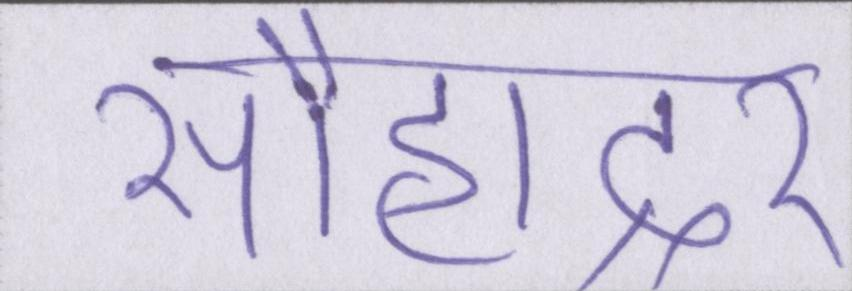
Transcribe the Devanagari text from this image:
सौहाद्र्र